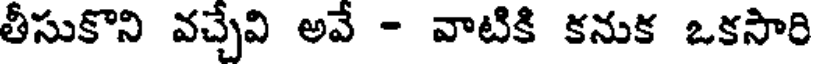
తీసుకొని వచ్చేవి అవే - వాటికి కనుక ఒకసారి